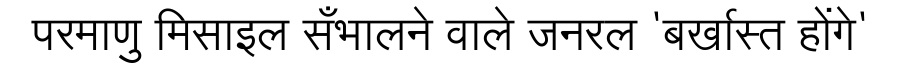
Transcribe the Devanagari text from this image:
परमाणु मिसाइल सँभालने वाले जनरल 'बर्खास्त होंगे'